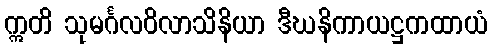
ဣတိ သုမင်္ဂလဝိလာသိနိယာ ဒီဃနိကာယဋ္ဌကထာယံ